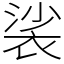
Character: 裟